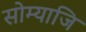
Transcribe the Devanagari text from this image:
सोम्याजि